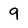
Character: 9